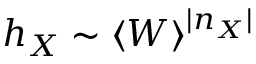
h _ { X } \sim \langle W \rangle ^ { | n _ { X } | }